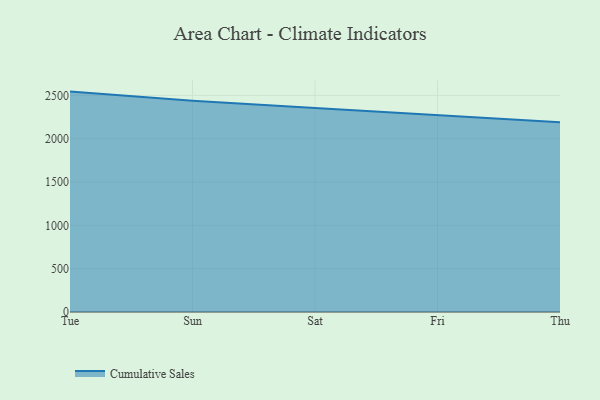
{"axis": {"x": "Day", "y": "Active Users"}, "legend": ["Cumulative Sales"], "data": [{"x": "Tue", "y": 2543.8, "type": "Cumulative Sales"}, {"x": "Sun", "y": 2439.1, "type": "Cumulative Sales"}, {"x": "Sat", "y": 2355.1, "type": "Cumulative Sales"}, {"x": "Fri", "y": 2268.3, "type": "Cumulative Sales"}, {"x": "Thu", "y": 2189.9, "type": "Cumulative Sales"}]}